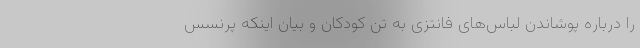
را درباره پوشاندن لباس‌های فانتزی به تن کودکان و بیان اینکه پرنسس